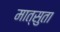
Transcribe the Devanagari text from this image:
मात्सुता